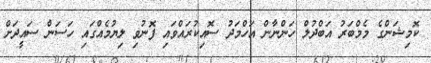
ކޮމިޝަންގެ މެމްބަރު އަބްދުލް ހަންނާން އަހްމަދު ސޮއިކުރައްވައި ފޮނުވި ލިޔުމެއްގައި ހަސަން ސައީދަށް